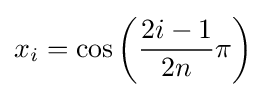
x_{i}=\cos \left({\frac {2i-1}{2n}}\pi \right)